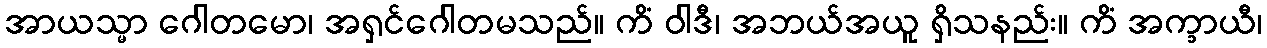
အာယသ္မာ ဂေါတမော၊ အရှင်ဂေါတမသည်။ ကိံ ဝါဒီ၊ အဘယ်အယူ ရှိသနည်း။ ကိံ အက္ခာယီ၊